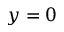
y = 0